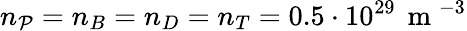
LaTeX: n_{\mathcal{P}}=n_{B}=n_{D}=n_{T}=0.5\cdot10^{29}\, \mathrm{{~m~}}^{-3}